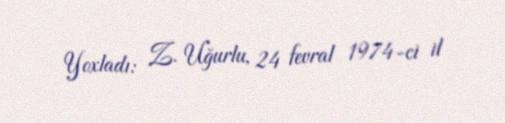
Yoxladı: Z. Uğurlu, 24 fevral 1974-ci il